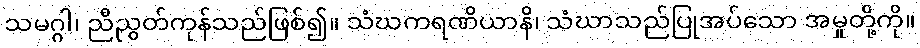
သမဂ္ဂါ၊ ညီညွတ်ကုန်သည်ဖြစ်၍။ သံဃကရဏိယာနိ၊ သံဃာသည်ပြုအပ်သော အမှုတို့ကို။